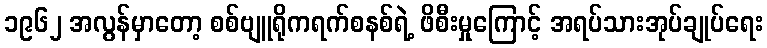
၁၉၆၂ အလွန်မှာတော့ စစ်ဗျူရိုကရက်စနစ်ရဲ့ ဖိစီးမှုကြောင့် အရပ်သားအုပ်ချုပ်ရေး